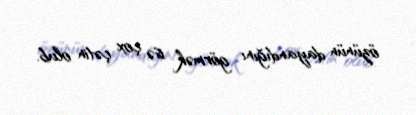
özünün dayandığını görmək isə çox çətin olub.